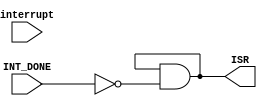

module ISR(
    // from control logic
    input wire INT_DONE,
    // from Priority resolver
    input [7:0] interrupt,

    output reg [7:0] ISR
);

/*
Documentation

This module is responsible for handling Interrupt Service Routine (ISR) logic.

Inputs:
    - INT_DONE: Signal indicating that the interrupt processing is done.
    - interrupt: Interrupt signals received from the Priority Resolver.

Outputs:
    - ISR: Updated Interrupt Service Routine, excluding the serviced interrupts.

Behavior:
    The module updates the ISR based on the INT_DONE signal and the received interrupt signals.
    It clears the bits corresponding to serviced interrupts in the ISR.

*/

    reg [7:0] next_ISR;
    always @* begin
        next_ISR = (ISR & ~INT_DONE);
    end

    always @* begin
        ISR <= next_ISR;
    end

endmodule